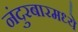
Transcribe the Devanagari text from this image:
नंदुरबारमध्ये